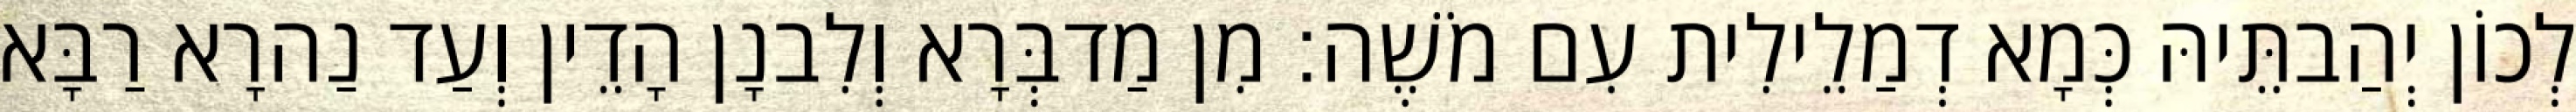
לְכוֹן יְהַבתֵּיהּ כְּמָא דְמַלֵילִית עִם מֹשֶׁה׃ מִן מַדבְּרָא וְלִבנָן הָדֵין וְעַד נַהרָא רַבָּא